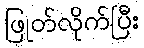
ဖြုတ်လိုက်ပြီး